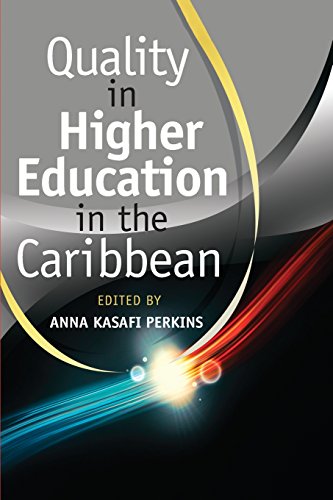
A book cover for Quality in Higher Education in the Caribbean; Education & Teaching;